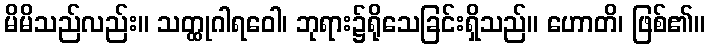
မိမိသည်လည်း။ သတ္ထုဂါရဝေါ၊ ဘုရား၌ရိုသေခြင်းရှိသည်။ ဟောတိ၊ ဖြစ်၏။